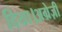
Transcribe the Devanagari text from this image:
दिया।अग्रेज़ी